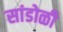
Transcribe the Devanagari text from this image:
सांडोळी